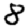
Digit: 8